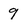
Character: 9